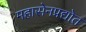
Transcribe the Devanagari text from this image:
महासेनप्रद्योत